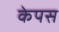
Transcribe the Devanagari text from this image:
केपस